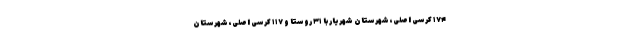
۱۷۴ کرسی اصلی، شهرستان شهریار با ۳۱ روستا و ۱۱۷ کرسی اصلی، شهرستان